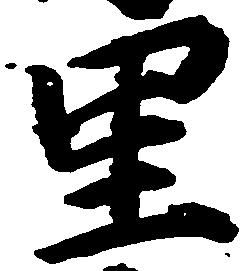
里